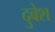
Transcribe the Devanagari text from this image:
दुबेश